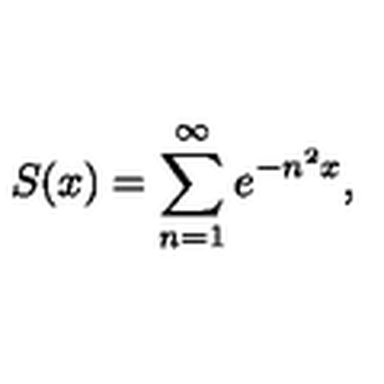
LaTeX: S ( x ) = \sum _ { n = 1 } ^ { \infty } e ^ { - n ^ { 2 } x } ,